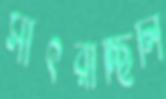
সাঁৎরাচ্ছিলি